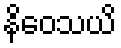
နိဝေသယိ